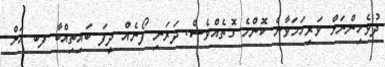
ދުވެހިންނަށް ވަރިހަމަވާނެ ކޮންމެ ގޮތެއްވެސް. ދަރަނި ފޯނެއް ދީފަ ބައިތިއްބާ ފބ އަށް